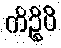
ကိဉ္စိပိ